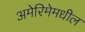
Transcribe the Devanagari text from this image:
अमेरिमेमधील